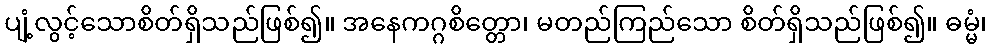
ပျံ့လွင့်သောစိတ်ရှိသည်ဖြစ်၍။ အနေကဂ္ဂစိတ္တော၊ မတည်ကြည်သော စိတ်ရှိသည်ဖြစ်၍။ ဓမ္မံ၊